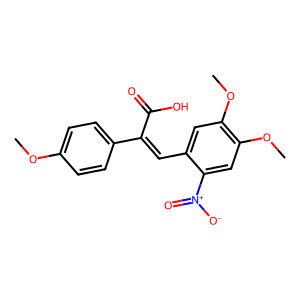
SMILES: COc1ccc(C(=Cc2cc(OC)c(OC)cc2[N+](=O)[O-])C(=O)O)cc1
Inhibits HIV replication: No